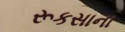
રૂકસાના